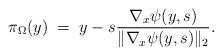
LaTeX: \begin{align*} \pi_{\Omega}(y)\;=\;y - s \frac{\nabla_x\psi(y,s)}{\|\nabla_x\psi(y,s)\|_2}.\end{align*}